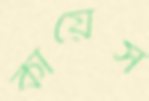
কায়েস